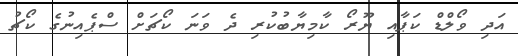
އަދި ވޯލްޑް ކަޕާއި ޔޫރޯ ކާމިޔާބުކުރި ދެ ވަނަ ކޯޗަށް ސްޕެއިނުގެ ކޯޗު